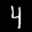
Label: 4